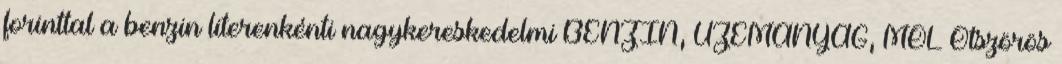
forinttal a benzin literenkénti nagykereskedelmi BENZIN, ÜZEMANYAG, MOL Ötszörös